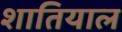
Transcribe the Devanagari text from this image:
शातियाल